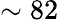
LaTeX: \sim 82